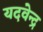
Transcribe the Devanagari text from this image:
यदवेन्द्र